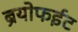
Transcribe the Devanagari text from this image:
ब्रयोफईट